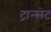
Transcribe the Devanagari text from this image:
ट्रान्स्लेट